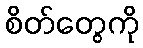
စိတ်တွေကို